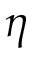
\eta